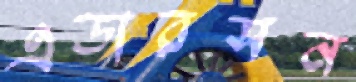
এডারসন